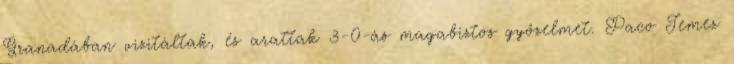
Granadában vizitáltak, és arattak 3-0-ás magabiztos győzelmet. Paco Jemez